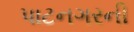
પાટનગરની